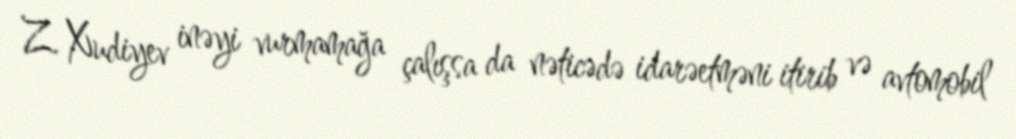
Z. Xudiyev inəyi vurmamağa çalışsa da nəticədə idarəetməni itirib və avtomobil